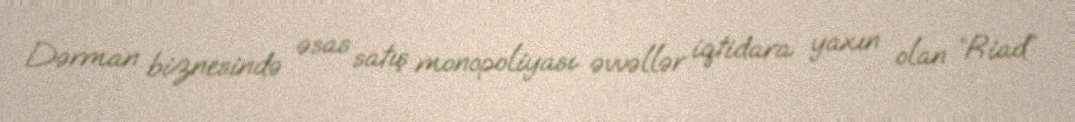
Dərman biznesində əsas satış monopoliyası əvvəllər iqtidara yaxın olan “Riad”